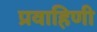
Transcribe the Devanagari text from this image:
प्रवाहिणी